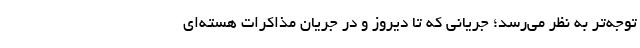
توجه‌تر به نظر می‌رسد؛ جریانی که تا دیروز و در جریان مذاکرات هسته‌ای